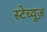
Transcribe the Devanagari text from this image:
स्टेच्यूज़